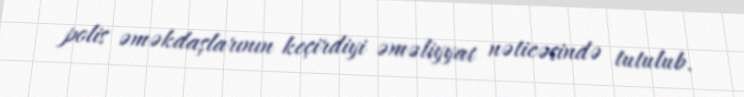
polis əməkdaşlarının keçirdiyi əməliyyat nəticəsində tutulub.